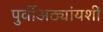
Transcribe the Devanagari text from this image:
पुर्वीअठ्यांयशीं